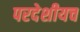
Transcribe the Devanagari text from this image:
परदेशीयच